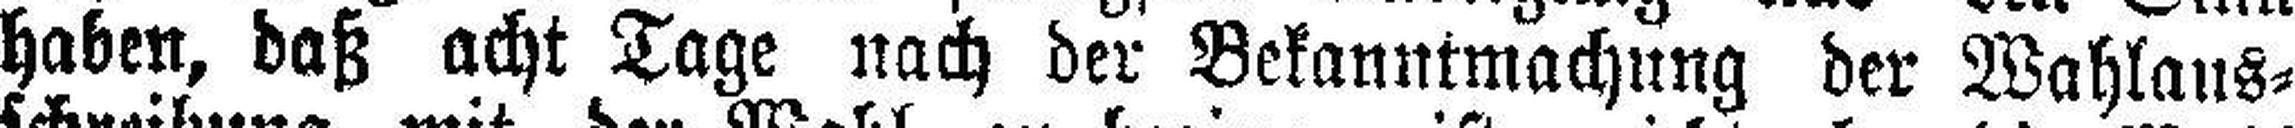
haben, daß acht Tage nach der Bekanntmachung der Wahlaus¬